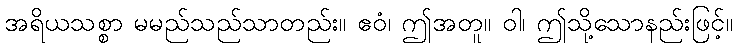
အရိယသစ္စာ မမည်သည်သာတည်း။ ဧဝံ၊ ဤအတူ။ ဝါ၊ ဤသို့သောနည်းဖြင့်။